Note on the mental hospitals in Burma - 1925-1940
Year: 1925
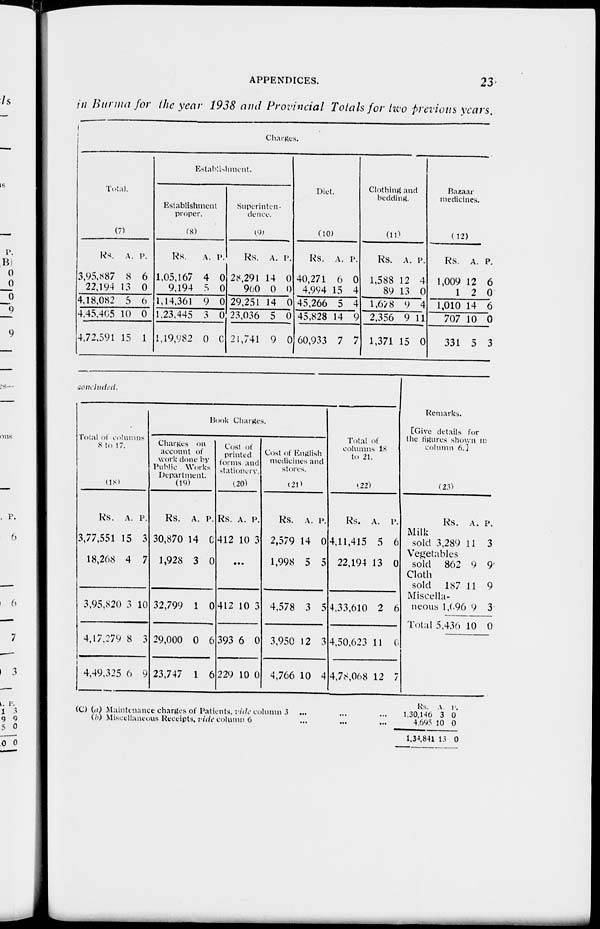
APPENDICES.
23
in Burma for the year 1938 and Provincial Totals for two previous years.
Charges.
Total.
(7)
Rs.
3,95,887
22,194
4,18,082
4,45,405
4,72,591
A.
8
13
5
10
15
P.
6
0
6
0
1
Establishment.
Establishment
proper.
(8)
Rs.
1,05,167
9,194
1,14,361
1,23,445
1,19,982
A.
4
5
9
3
0
P.
0
0
0
0
0
Superinten-
dence.
(9)
Rs.
28,291
960
29,251
23,036
21,741
A.
14
0
14
5
9
P.
0
0
0
0
0
Diet.
(10)
Rs.
40,271
4,994
45,266
45,828
60,933
A.
6
15
5
14
7
P.
0
4
4
9
7
Clothing and
bedding.
(11)
Rs.
1,588
89
1,678
2,356
1,371
A.
12
13
9
9
15
P.
4
0
4
11
0
Bazaar
medicines.
(12)
Rs.
1,009
1
1,010
707
331
A.
12
2
14
10
5
P.
6
0
6
0
3
concluded.
Total of columns
8 to 17.
(18)
Rs.
3,77,551
18,268
3,95,820
4,17,279
4,49,325
A.
15
4
3
8
6
P.
3
7
10
3
9
Book Charges.
Charges on
account of
work done by
Public Works
Department.
(19)
Rs.
30,870
1,928
32,799
29,000
23,747
A.
14
3
1
0
1
P.
0
0
0
6
6
Cost of
printed
forms and
stationery.
(20)
Rs.
412
A.
10
P.
3
...
412
393
229
10
6
10
3
0
0
Cost of English
medicines and
stores.
(21)
Rs.
2,579
1,998
4,578
3,950
4,766
A.
14
5
3
12
10
P.
0
5
5
3
4
Total of
columns 18
to 21.
(22)
Rs.
4,11,415
22,194
4,33,610
4,50,623
4,78,068
A.
5
13
2
11
12
P.
6
0
6
6
7
Remarks.
[Give details for
the figures shown in
column 6.]
(23)
Milk
sold
Vegetables
sold
Cloth
sold
Miscella-
neous
Total
Rs.
3,289
862
187
1,096
5,436
A.
11
9
11
9
10
P.
3
9
9
3
0
(C) (a) Maintenance charges of Patients, vide column 3 ... ... ...
(b) Miscellaneous Receipts, vide column 6 ... ... ...
Rs.
1,30,146
4,695
1,34,841
A.
3
10
13
P.
0
0
0